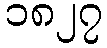
၁၈၂၇